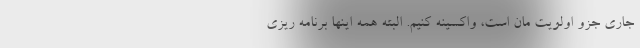
جاری جزو اولویت مان است، واکسینه کنیم. البته همه اینها برنامه ریزی